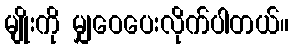
မျိုးကို မျှဝေပေးလိုက်ပါတယ်။